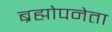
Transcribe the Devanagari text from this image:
ब्रह्मोपनेता